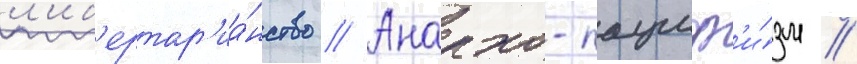
л'иб'ертар'иа́нство // Анархо-пациф'и́зм //